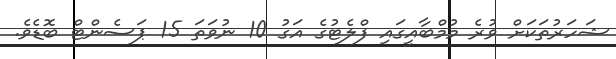
ޝަހަރުތަކަށް ވުރެ މުމްބާއީގައި ފްލެޓުގެ އަގު 10 ނުވަތަ 15 ޕަސެންޓް ބޮޑެވެ.